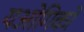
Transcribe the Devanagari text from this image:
यओगिकों